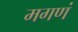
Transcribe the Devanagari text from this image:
मगणं